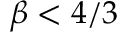
\beta < 4 / 3